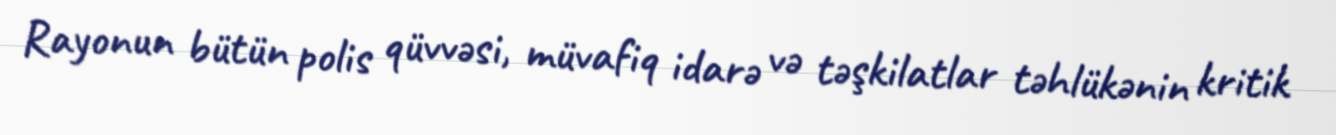
Rayonun bütün polis qüvvəsi, müvafiq idarə və təşkilatlar təhlükənin kritik